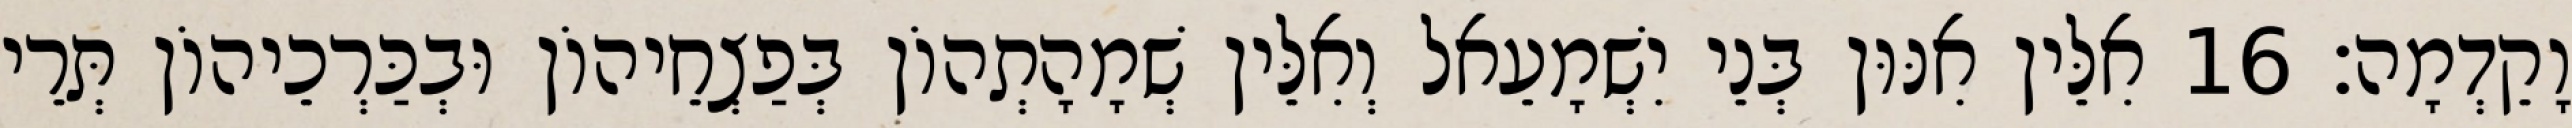
וָקֵדְמָה׃ 16 אִלֵּין אִנּוּן בְּנֵי יִשְׁמָעֵאל וְאִלֵּין שְׁמָהָתְהוֹן בְּפַצְחֵיהוֹן וּבְכַּרְכֵיהוֹן תְּרֵי